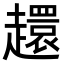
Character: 𧾎